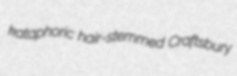
kataphoric hair-stemmed Craftsbury